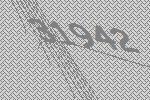
31942